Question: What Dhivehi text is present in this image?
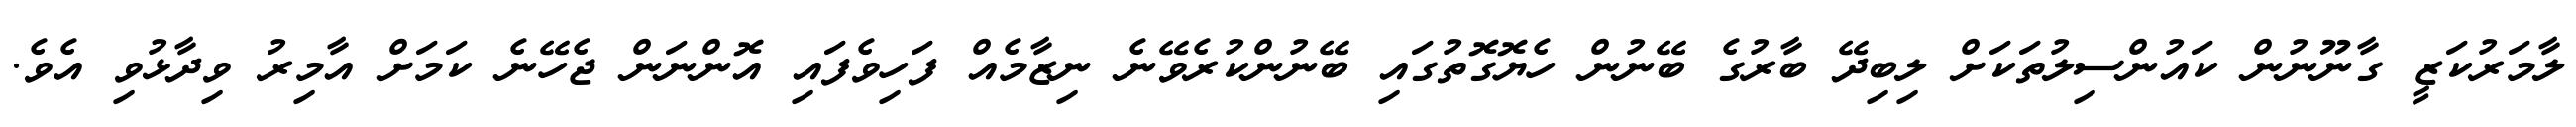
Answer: ލާމަރުކަޒީ ގާނޫނުން ކައުންސިލުތަކަށް ލިބިދޭ ބާރުގެ ބޭނުން ހެޔޮގޮތުގައި ބޭނުންކުރެވޭނެ ނިޒާމެއް ފަހިވެފައި އޮންނަން ޖެހޭނެ ކަމަށް އާމިރު ވިދާޅުވި އެވެ.